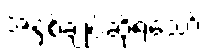
အနှစ်ချုပ်ဆိုရသော်